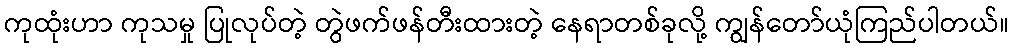
ကုထုံးဟာ ကုသမှု ပြုလုပ်တဲ့ တွဲဖက်ဖန်တီးထားတဲ့ နေရာတစ်ခုလို့ ကျွန်တော်ယုံကြည်ပါတယ်။